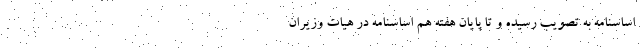
اساسنامه به تصویب رسیده و تا پایان هفته هم اساسنامه در هیات وزیران